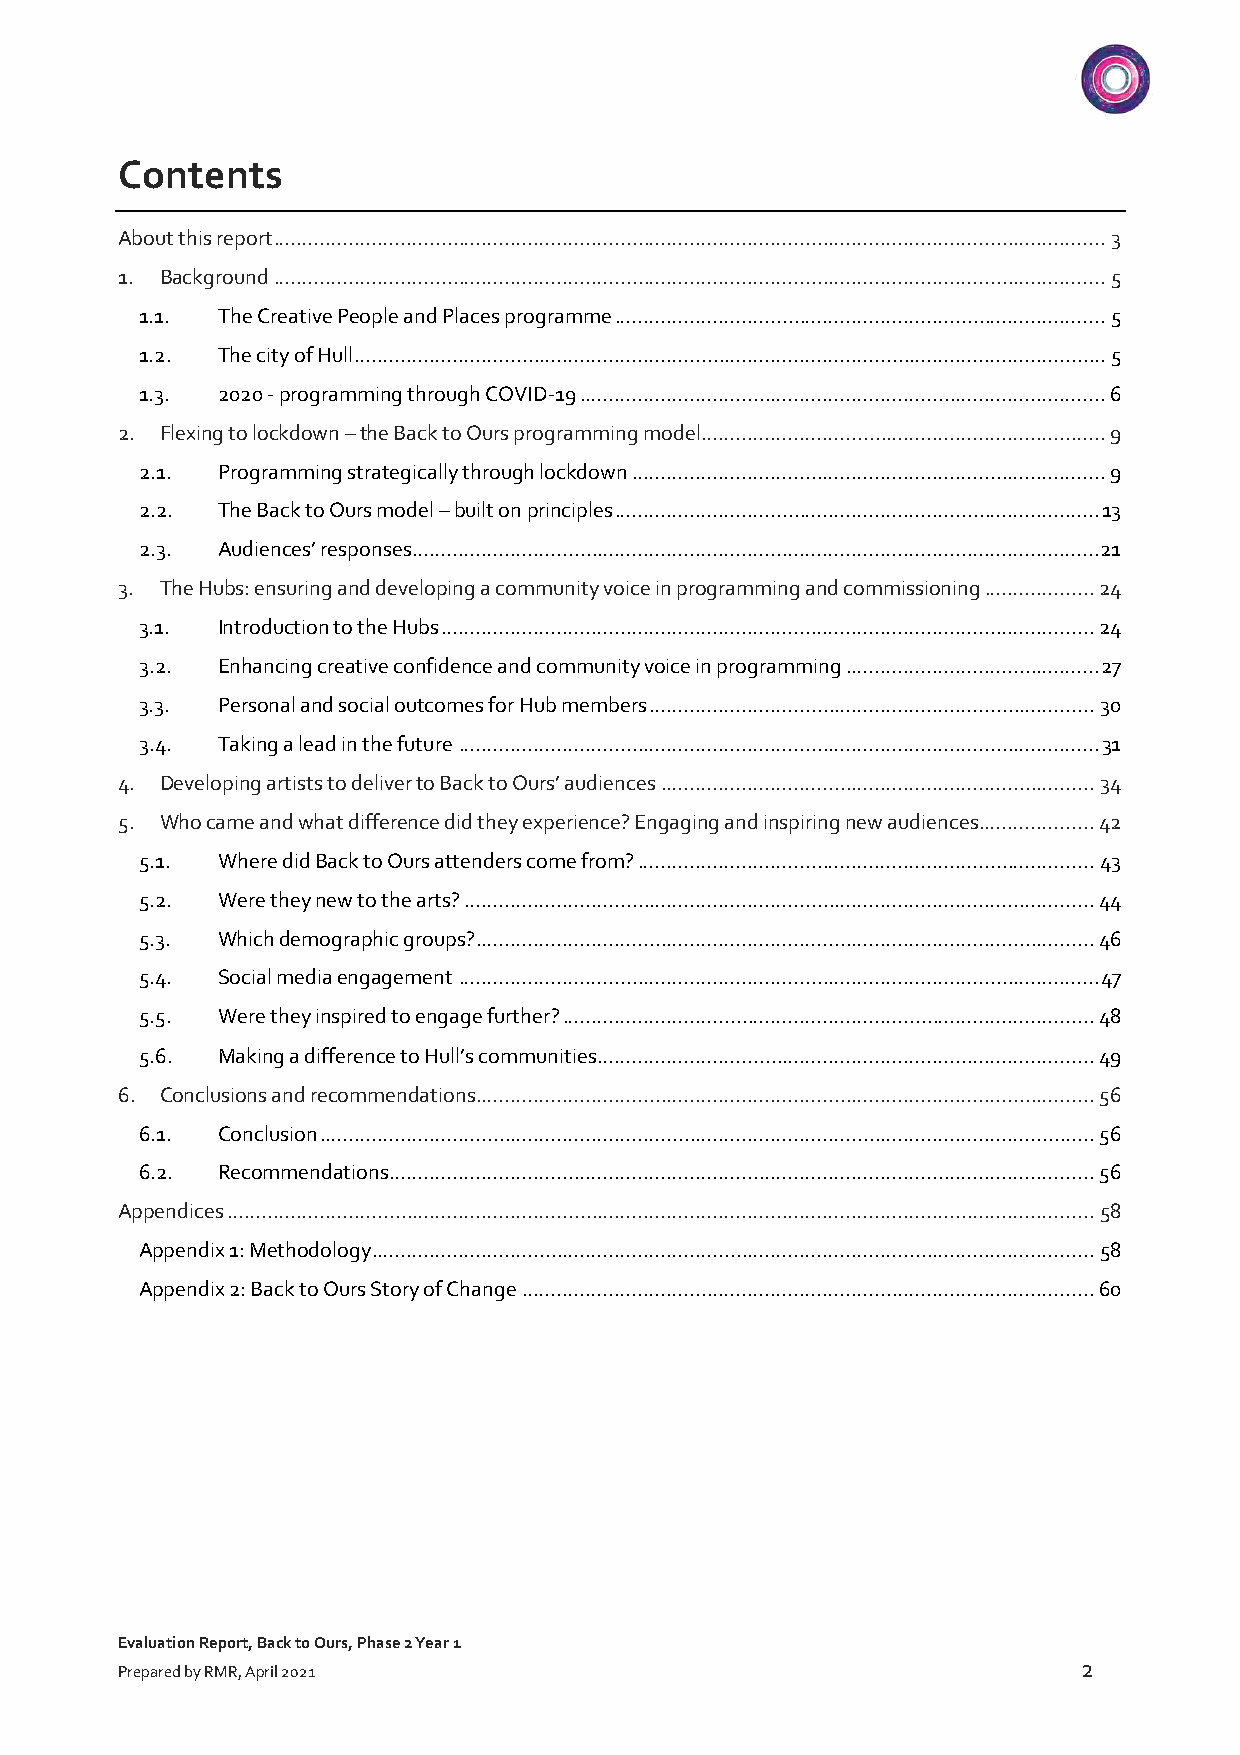
Contents
 About this report ................................................................................................................................................ 3
 1. Background ................................................................................................................................................ 5
 1.1. The Creative People and Places programme ..................................................................................... 5
 1.2. The city of Hull .................................................................................................................................. 5
 1.3. 2020 - programming through COVID-19 ........................................................................................... 6
 2. Flexing to lockdown – the Back to Ours programming model ...................................................................... 9
 2.1. Programming strategically through lockdown .................................................................................. 9
 2.2. The Back to Ours model – built on principles .................................................................................... 13
 2.3. Audiences’ responses ....................................................................................................................... 21
 3. The Hubs: ensuring and developing a community voice in programming and commissioning ................... 24
 3.1. Introduction to the Hubs ................................................................................................................. 24
 3.2. Enhancing creative confidence and community voice in programming ............................................ 27
 3.3. Personal and social outcomes for Hub members ............................................................................. 30
 3.4. Taking a lead in the future ............................................................................................................... 31
 4. Developing artists to deliver to Back to Ours’ audiences ........................................................................... 34
 5. Who came and what difference did they experience? Engaging and inspiring new audiences .................... 42
 5.1. Where did Back to Ours attenders come from? ............................................................................... 43
 5.2. Were they new to the arts? ............................................................................................................. 44
 5.3. Which demographic groups? ........................................................................................................... 46
 5.4. Social media engagement ............................................................................................................... 47
 5.5. Were they inspired to engage further? ............................................................................................ 48
 5.6. Making a difference to Hull’s communities ...................................................................................... 49
 6. Conclusions and recommendations ........................................................................................................... 56
 6.1. Conclusion ...................................................................................................................................... 56
 6.2. Recommendations .......................................................................................................................... 56
 Appendices ...................................................................................................................................................... 58
 Appendix 1: Methodology ............................................................................................................................. 58
 Appendix 2: Back to Ours Story of Change ................................................................................................... 60
 Evaluation Report, Back to Ours, Phase 2 Year 1
 2
 Prepared by RMR, April 2021